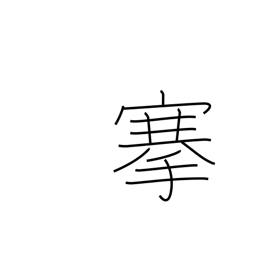
Meaning: pull out